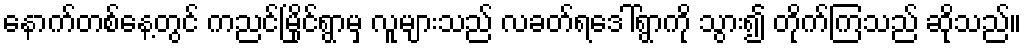
နောက်တစ်နေ့တွင် ကညင်မြိုင်ရွာမှ လူများသည် လခတ်ရဒေါ်ရွာကို သွား၍ တိုက်ကြသည် ဆိုသည်။